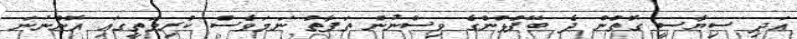
އަދި ސިޔާސީ ގޮތުން ދެ ބޭފުޅުންގެ ވިސްނުން ތަފާތު ނަމަވެސް ކުރިމަތީގައި އޮންނަނަ